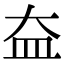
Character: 𡘃